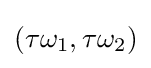
(\tau \omega _{1},\tau \omega _{2})